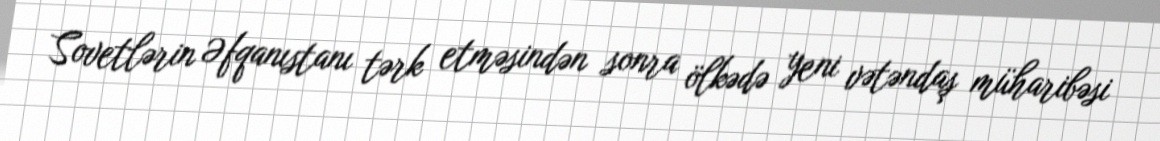
Sovetlərin Əfqanıstanı tərk etməsindən sonra ölkədə yeni vətəndaş müharibəsi